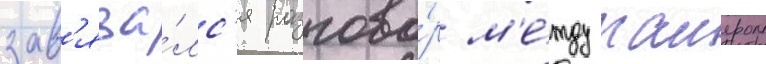
зав'яза́лс'я разгово́р м'е́жду таиером